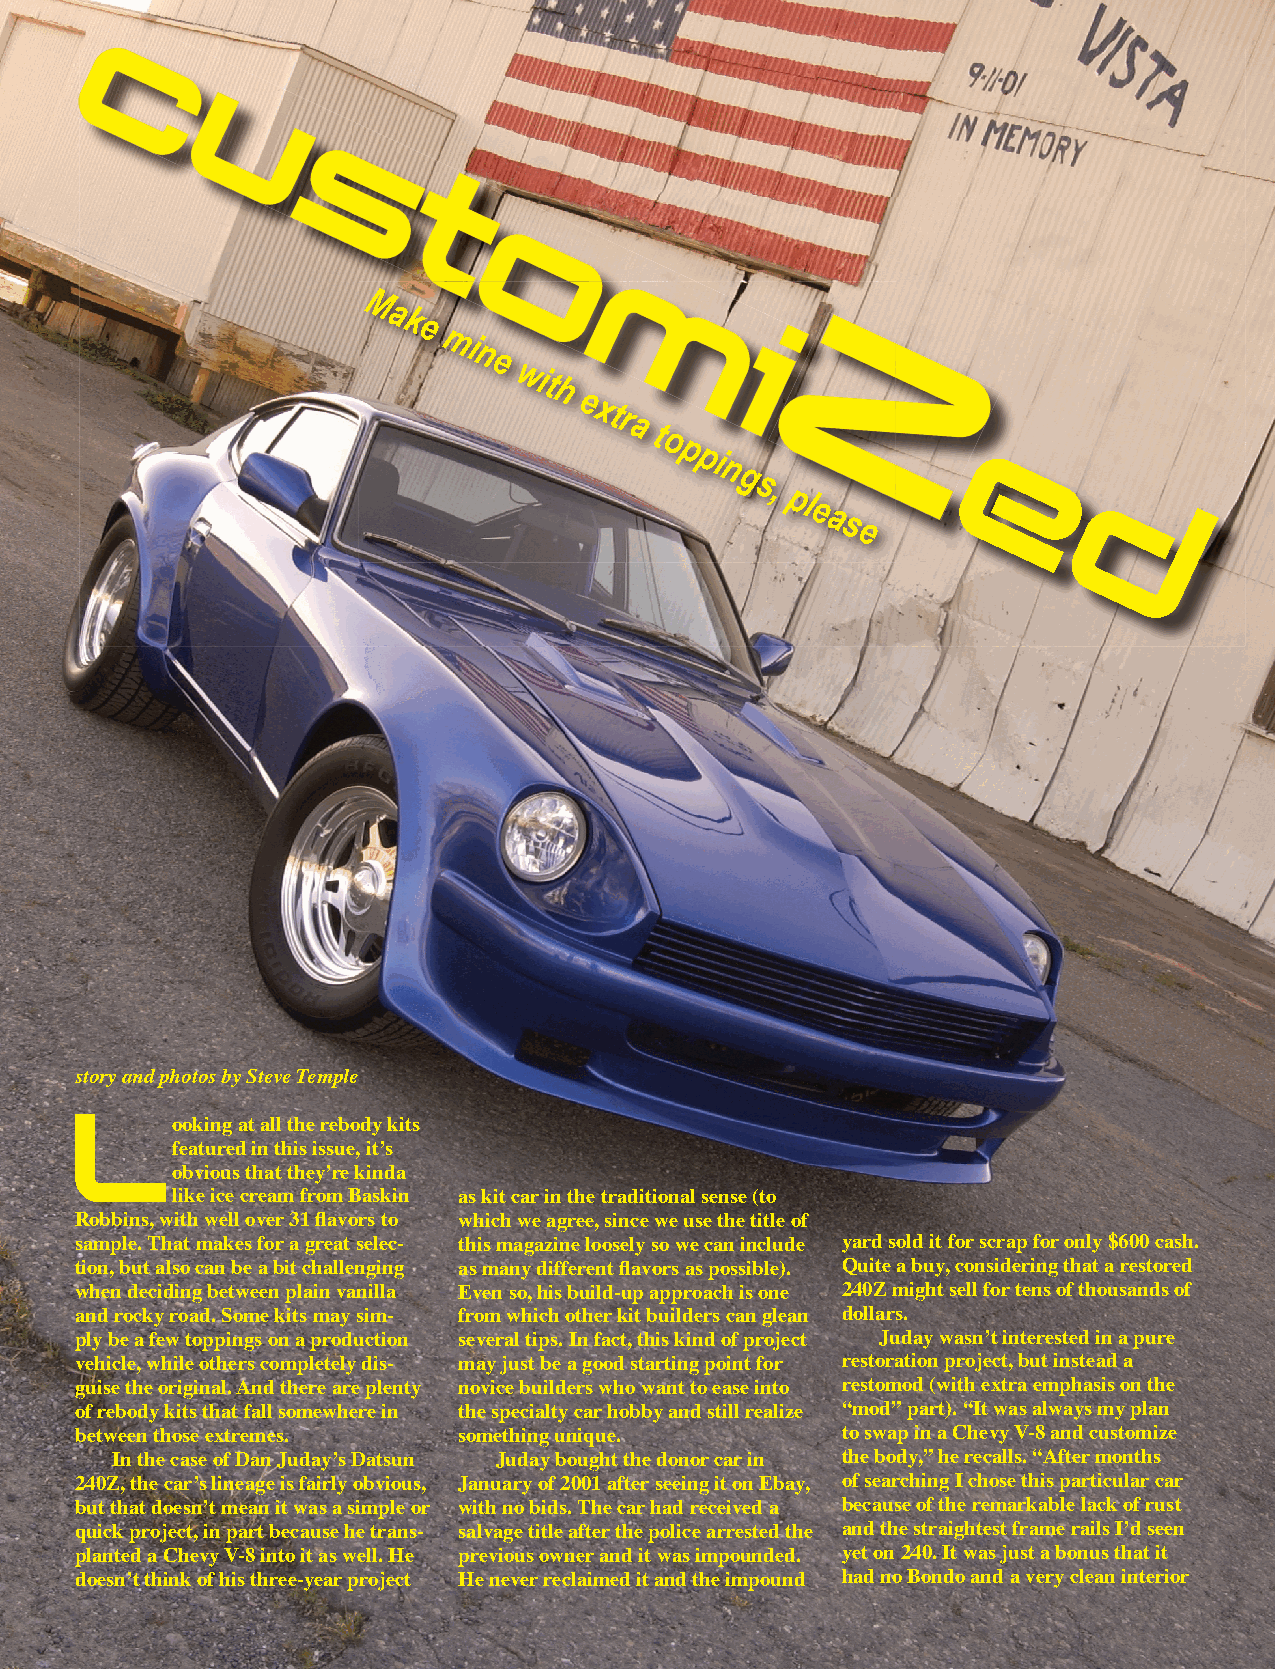
M
 a
 k
 e
 mi
 n
 e
 wit
 h
 e
 xtr
 a
 t
 o
 p
 pi
 n
 g
 s,          e
 pl
 e
 a
 s
 e
 d
 story and photos by Steve Temple
 Looking    at all the rebody kits
 featured in this issue, itʼs
 obvious that theyʼre kinda
 like ice cream from Baskin as kit car in the traditional sense (to
 Robbins, with well over 31 fl avors to which we agree, since we use the title of
 sample. That makes for a great selec- this magazine loosely so we can include yard sold it for scrap for only $600 cash.
 tion, but also can be a bit challenging as many different fl avors as possible). Quite a buy, considering that a restored
 when deciding between plain vanilla Even so, his build-up approach is one 240Z might sell for tens of thousands of
 and rocky road. Some kits may sim- from which other kit builders can glean dollars.
 ply be a few toppings on a production several tips. In fact, this kind of project Juday wasnʼt interested in a pure
 vehicle, while others completely dis- may just be a good starting point for restoration project, but instead a
 guise the original. And there are plenty novice builders who want to ease into restomod (with extra emphasis on the
 of rebody kits that fall somewhere in the specialty car hobby and still realize “mod” part). “It was always my plan
 between those extremes.  something unique.         to swap in a Chevy V-8 and customize
 In the case of Dan Judayʼs Datsun Juday bought the donor car in the body,” he recalls. “After months
 240Z, the carʼs lineage is fairly obvious, January of 2001 after seeing it on Ebay, of searching I chose this particular car
 but that doesnʼt mean it was a simple or with no bids. The car had received a because of the remarkable lack of rust
 quick project, in part because he trans- salvage title after the police arrested the and the straightest frame rails Iʼd seen
 planted a Chevy V-8 into it as well. He previous owner and it was impounded. yet on 240. It was just a bonus that it
 doesnʼt think of his three-year project He never reclaimed it and the impound had no Bondo and a very clean interior
 28